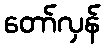
တော်လှန်